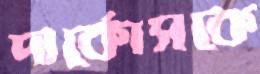
দার্কোসকে